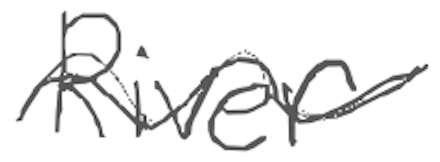
Text: River
Cross-out: wave
Writing tool: digital_gray